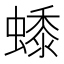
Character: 𧑓